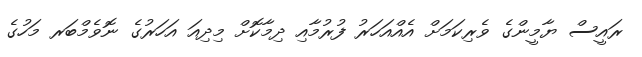
ރައީސް ޔާމީންގެ ވެރިކަމަށް އެއްއަހަރު ފުރުމާއި ދިމާކޮށް މިދިއަ އަހަރުގެ ނޮވެމްބަރ މަހުގެ